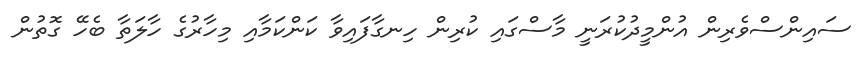
ސައިންސްވެރިން އުންމީދުކުރަނީ މާސްގައި ކުރިން ހިނގާފައިވާ ކަންކަމާއި މިހާރުގެ ހާލަތާ ބެހޭ ގޮތުން